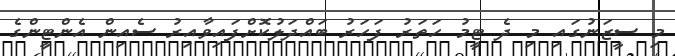
މި ސީޒަނުގައި މި ދެ ޓީމު ހަތަރު ފަހަރު ބައްދަލުކޮށްފައިވާއިރު ސެއިން އެންޓީންގެ